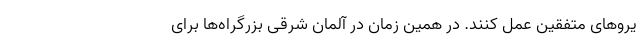
یروهای متفقین عمل کنند. در همین زمان در آلمان شرقی بزرگراه‌ها برای